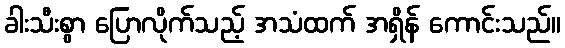
ခါးသီးစွာ ပြောလိုက်သည့် အသံထက် အရှိန် ကောင်းသည်။